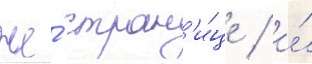
же́ стран'и́це / и́